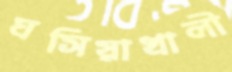
ঘসিয়াখালী